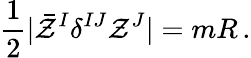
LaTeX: {\frac{1}{2}}|\bar{\cal Z}^{I}\delta^{IJ}{\cal Z}^{J}|=mR\, .